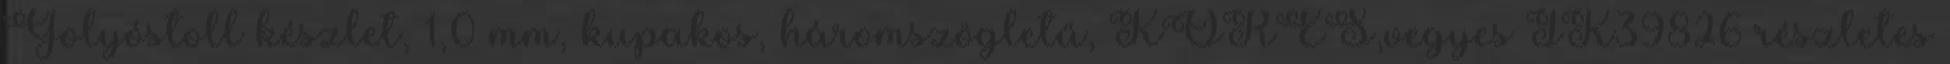
Golyóstoll készlet, 1,0 mm, kupakos, háromszögletű, KORES,vegyes IK39826 részletes